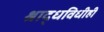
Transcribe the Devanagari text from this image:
श्राद्धविधीही